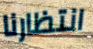
انتظارنا